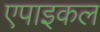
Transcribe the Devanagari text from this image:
एपाइकल